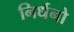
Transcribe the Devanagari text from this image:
निर्धनो